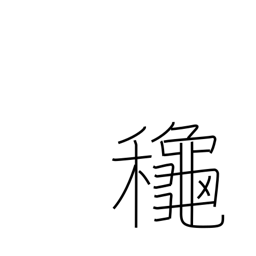
Meaning: autumn